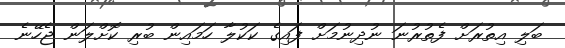
ބަލި އިތުރަށް ފެތުރުނަ ނުދިނުމަށް ފައިގެ ކަކުލާ ހަމައިން ބުރި ކޮށްލަން ޖެހޭނެ